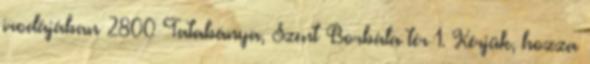
irodájában 2800 Tatabánya, Szent Borbála tér 1. Kérjük, hozza